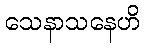
သေနာသနေဟိ